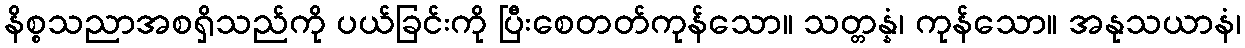
နိစ္စသညာအစရှိသည်ကို ပယ်ခြင်းကို ပြီးစေတတ်ကုန်သော။ သတ္တန္နံ၊ ကုန်သော။ အနုသယာနံ၊